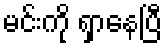
မင်းကို ရှာနေပြီ